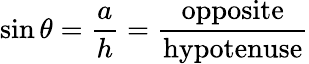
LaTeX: \sin\theta={\frac{a}{h}}={\frac{\mathrm{opposite}}{\mathrm{hypotenuse}}}